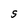
Character: S